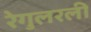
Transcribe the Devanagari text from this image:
रेगुलरली